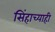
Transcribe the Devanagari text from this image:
सिंहाच्याही